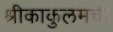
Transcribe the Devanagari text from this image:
श्रीकाकुलमची